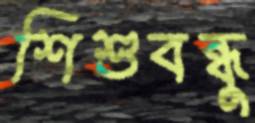
শিশুবন্ধু